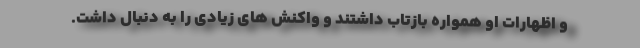
و اظهارات او همواره بازتاب داشتند و واکنش های زیادی را به دنبال داشت.